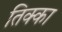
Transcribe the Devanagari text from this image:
तिक्का